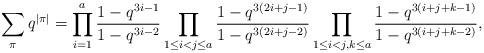
LaTeX: \begin{align*} \sum_\pi q^{\vert\pi\vert}=\prod _{i=1} ^{a}\frac {1-q^{3i-1}} {1-q^{3i-2}}\prod _{1\le i<j\le a} ^{}\frac {1-q^{3(2i+j-1)}} {1-q^{3(2i+j-2)}}\prod _{1\le i<j,k\le a} ^{}\frac {1-q^{3(i+j+k-1)}} {1-q^{3(i+j+k-2)}}, \end{align*}